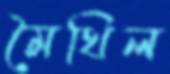
মৈথিল